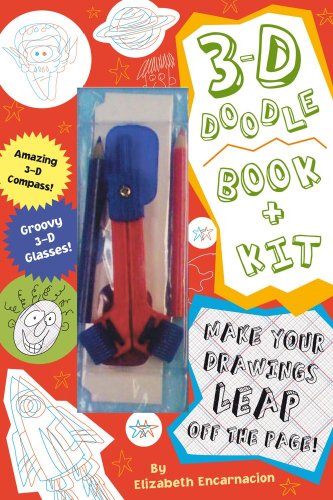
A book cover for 3-D Doodle Book & Kit: Where Your Imagination Can Really Jump Off the Page!; Elizabeth Encarnacion; Teen & Young Adult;